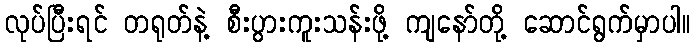
လုပ်ပြီးရင် တရုတ်နဲ့ စီးပွားကူးသန်းဖို့ ကျနော်တို့ ဆောင်ရွက်မှာပါ။